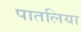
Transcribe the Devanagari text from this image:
पातलिया